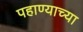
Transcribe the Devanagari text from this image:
पहाण्याच्या